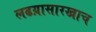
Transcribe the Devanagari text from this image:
लढय़ासारखाच